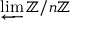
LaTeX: \varprojlim \mathbb { Z } / n \mathbb { Z }